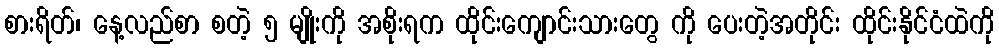
စားရိတ်၊ နေ့လည်စာ စတဲ့ ၅ မျိုးကို အစိုးရက ထိုင်းကျောင်းသားတွေ ကို ပေးတဲ့အတိုင်း ထိုင်းနိုင်ငံထဲကို